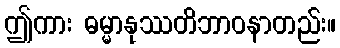
ဤကား ဓမ္မာနုဿတိဘာဝနာတည်း။